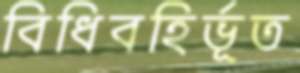
বিধিবহির্ভূত